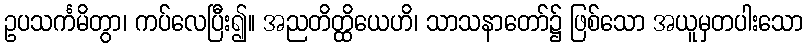
ဥပသင်္ကမိတွာ၊ ကပ်လေပြီး၍။ အညတိတ္ထိယေဟိ၊ သာသနာတော်၌ ဖြစ်သော အယူမှတပါးသော